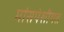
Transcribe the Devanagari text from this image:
मांसपेशीगत